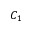
C _ { 1 }